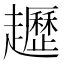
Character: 䟐